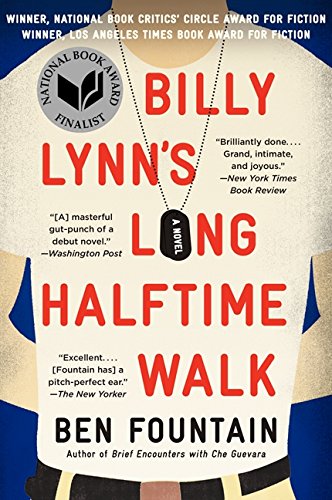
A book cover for Billy Lynn's Long Halftime Walk; Ben Fountain; Literature & Fiction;